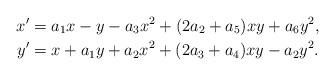
LaTeX: \begin{align*}x'&= a_1 x-y-a_3x^2+(2 a_2+a_5)xy + a_6 y^2, \\y'&= x+a_1 y + a_2x^2+(2 a_3+a_4)xy -a_2y^2.\end{align*}